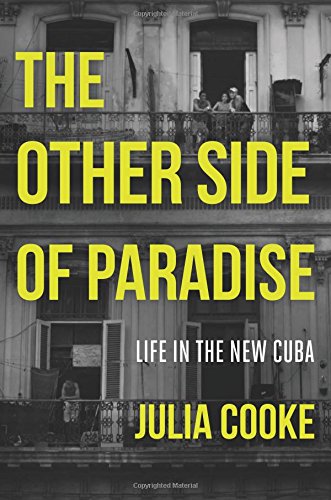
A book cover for The Other Side of Paradise: Life in the New Cuba; Julia Cooke; Politics & Social Sciences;